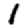
Digit: 1